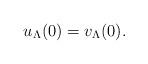
LaTeX: \begin{align*} u_\Lambda(0)=v_\Lambda(0).\end{align*}